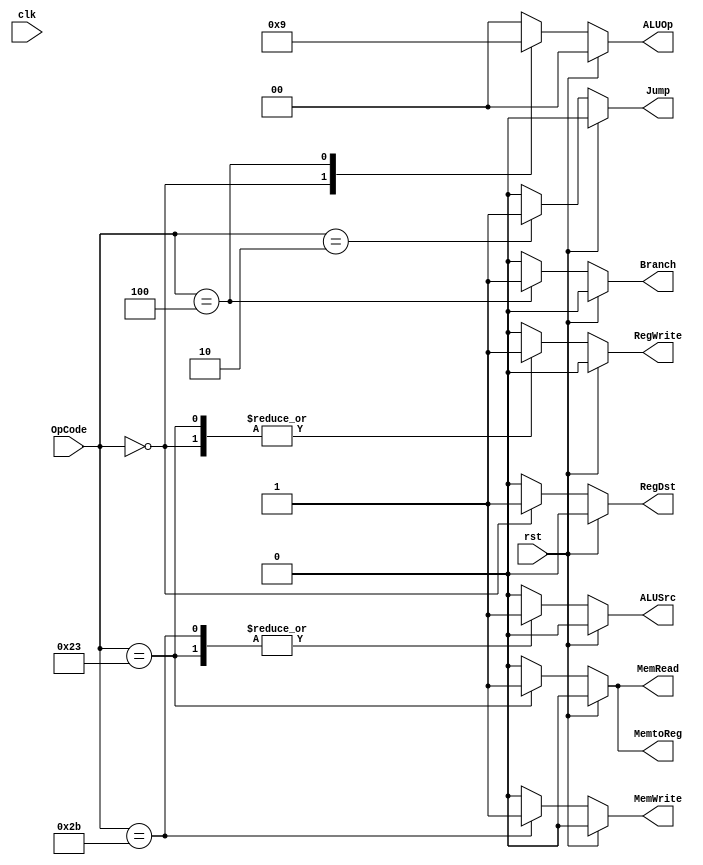
`timescale 1ns/1ps

module ControlUnit
                (
                    input wire clk,
                    input wire rst,
                    input wire [6-1:0]OpCode,
                    output reg RegDst,
                    output reg MemRead,
                    output reg MemtoReg,
                    output reg [1:0]ALUOp,
                    output reg MemWrite,
                    output reg ALUSrc,
                    output reg RegWrite,
                    output reg Branch,
                    output reg Jump
                );


always@(*)
    begin
        if(rst == 1)
            begin
                RegDst = 0;
                ALUSrc = 0;
                MemtoReg = 0;
                RegWrite = 0;
                MemRead = 0;
                MemWrite = 0;
                Branch = 0;
                Jump = 0;
                ALUOp = 2'b00;
            end

        else
            begin
                case (OpCode)
                    6'b000000: // R format
                        begin
                            RegDst = 1;
                            ALUSrc = 0;
                            MemtoReg = 0;
                            RegWrite = 1;
                            MemRead = 0;
                            MemWrite = 0;
                            Branch = 0;
                            Jump = 0;
                            ALUOp = 2'b10;
                        end
                    6'b100011: // lw
                        begin
                            RegDst = 0;
                            ALUSrc = 1;
                            MemtoReg = 1;
                            RegWrite = 1;
                            MemRead = 1;
                            MemWrite = 0;
                            Branch = 0;
                            Jump = 0;
                            ALUOp = 2'b00;
                        end
                    6'b101011: // sw
                        begin
                            RegDst = 0; // 'bx but replaced with 0 for convinience
                            ALUSrc = 1;
                            MemtoReg = 0; // 'bx but replaced with 0 for convinience
                            RegWrite = 0;
                            MemRead = 0;
                            MemWrite = 1;
                            Branch = 0;
                            Jump = 0;
                            ALUOp = 2'b00;
                        end
                    6'b000100: // beq
                        begin
                            RegDst = 0; // 'bx but replaced with 0 for convinience
                            ALUSrc = 0;
                            MemtoReg = 0; // 'bx but replaced with 0 for convinience
                            RegWrite = 0;
                            MemRead = 0;
                            MemWrite = 0;
                            Branch = 1;
                            Jump = 0;
                            ALUOp = 2'b01;
                        end
                    6'b000010: // j
                        begin
                            RegDst = 0;
                            ALUSrc = 0;
                            MemtoReg = 0;
                            RegWrite = 0;
                            MemRead = 0;
                            MemWrite = 0;
                            Branch = 0;
                            Jump = 1;
                            ALUOp = 2'b00;
                        end
                    default: 
                        begin
                            RegDst = 0;
                            ALUSrc = 0;
                            MemtoReg = 0;
                            RegWrite = 0;
                            MemRead = 0;
                            MemWrite = 0;
                            Branch = 0;
                            Jump = 0;
                            ALUOp = 2'b00;
                        end            
                endcase    
            end    
    end

endmodule